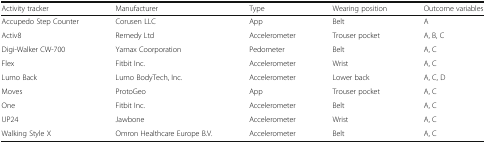
<table><thead><tr><td><b>Activity tracker</b></td><td><b>Manufacturer</b></td><td><b>Type</b></td><td><b>Wearing position</b></td><td><b>Outcome variables</b></td></tr></thead><tbody><tr><td>Accupedo Step Counter</td><td>Corusen LLC</td><td>App</td><td>Belt</td><td>A</td></tr><tr><td>Activ8</td><td>Remedy Ltd</td><td>Accelerometer</td><td>Trouser pocket</td><td>A, B, C</td></tr><tr><td>Digi-Walker CW-700</td><td>Yamax Coorporation</td><td>Pedometer</td><td>Belt</td><td>A, C</td></tr><tr><td>Flex</td><td>Fitbit Inc.</td><td>Accelerometer</td><td>Wrist</td><td>A, C</td></tr><tr><td>Lumo Back</td><td>Lumo BodyTech, Inc.</td><td>Accelerometer</td><td>Lower back</td><td>A, C, D</td></tr><tr><td>Moves</td><td>ProtoGeo</td><td>App</td><td>Trouser pocket</td><td>A, C</td></tr><tr><td>One</td><td>Fitbit Inc.</td><td>Accelerometer</td><td>Belt</td><td>A, C</td></tr><tr><td>UP24</td><td>Jawbone</td><td>Accelerometer</td><td>Wrist</td><td>A, C</td></tr><tr><td>Walking Style X</td><td>Omron Healthcare Europe B.V.</td><td>Accelerometer</td><td>Belt</td><td>A, C</td></tr></tbody></table>